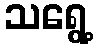
သရွေ့